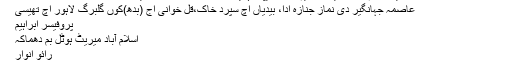
احتساب عدالت ؛ سابق وزیر اعظم نوازشریف ،مریم نواز، کیپٹن (ر)محمد صفدردے خلاف ریفرنسز دی سماعت 15فروری ..
عاصمہ جہانگیر دی نماز جنازہ ادا، بیدیاں اچ سپرد خاک،قل خوانی اج (بدھ)کوں گلبرگ لاہور اچ تھیسی
پروفیسر ابراہیم
اسلام آباد میریٹ ہوٹل بم دھماکہ
رائو انوار
جعلی اشیا